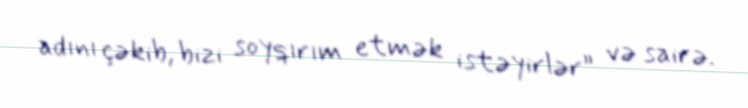
adını çəkib, bizi soyqırım etmək istəyirlər” və sairə.